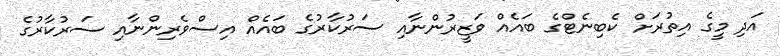
އަދި މީގެ އިތުރަށް ކެބިނެޓްގެ ބައެއް ވަޒީރުންނާއި ސަރުކާރުގެ ބައެއް އިސްވެރިންނާއި ސަރުކާރުގެ